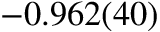
- 0 . 9 6 2 ( 4 0 )